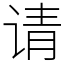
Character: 请